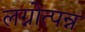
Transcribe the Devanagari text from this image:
लग्नोत्पन्न